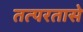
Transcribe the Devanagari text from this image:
तत्परतासे